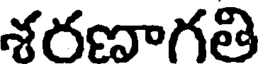
శరణాగతి